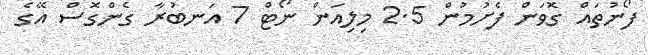
ފޯނުތައް ގޮވަން ފެށުމުން 2.5 މިލިއަން ނޯޓް 7 އަނބުރާ ގެންގޮސް އޭގެ